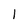
Character: 1